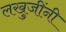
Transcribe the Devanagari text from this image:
लखुजींनी